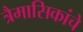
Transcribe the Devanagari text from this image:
त्रैमासिकांचे